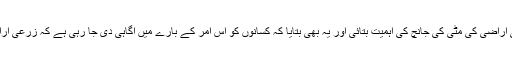
اس گفتگو میں انہوں نے پاکستان میں بہتر زرعی مینجمنٹ کے لئے زرعی اراضی کی مٹی کی جانچ کی اہمیت بتائی اور یہ بھی بتایا کہ کسانوں کو اس امر کے بارے میں آگاہی دی جا رہی ہے کہ زرعی اراضی کی مٹی کی جانچ زرعی پیداوار بڑھانے کے لئے کتنی ضروری ہے۔